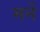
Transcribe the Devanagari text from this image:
मर्ने